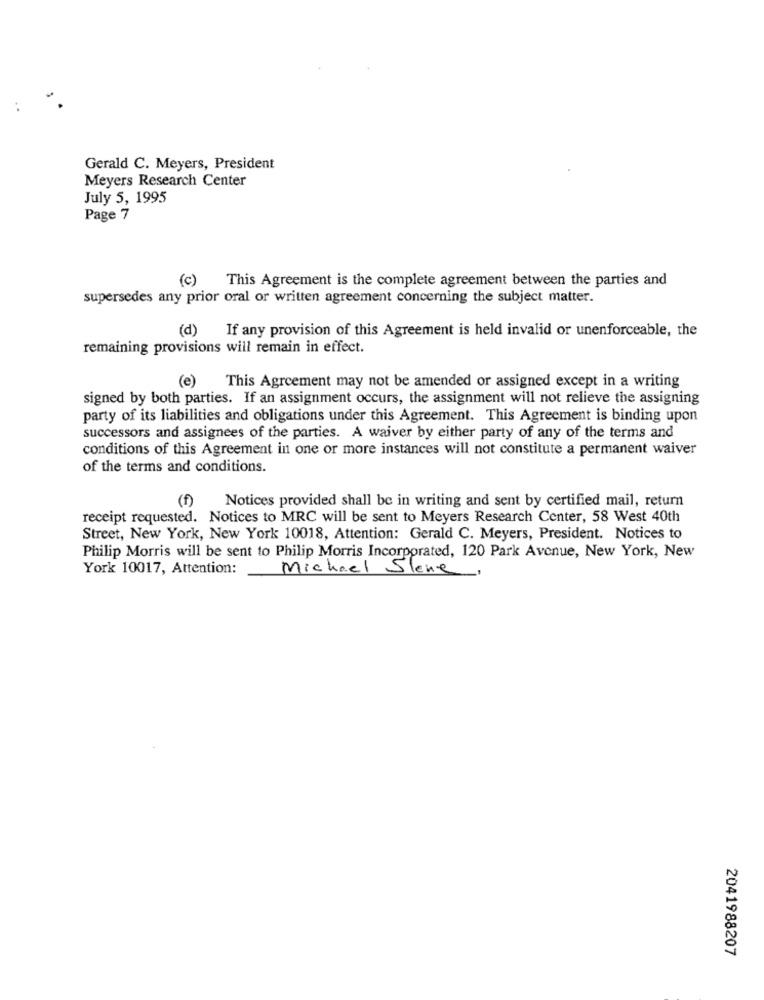
..
Gerald C. Meyers, President
Meyers Research Center
July 5, 1995
Page 7
(c) This Agreement is the complete agreement between the parties and
supersedes any prior oral or written agreement concerning the subject matter.
(d)
If any provision of this Agreement is held invalid or unenforceable, the
remaining provisions will remain in effect.
(e)
This Agreement may not be amended or assigned except in a writing
signed by both parties. If an assignment occurs, the assignment will not relieve the assigning
party of its liabilities and obligations under this Agreement. This Agreement is binding upon
successors and assignees of the parties. A waiver by either party of any of the terms and
conditions of this Agreement in one or more instances will not constitute a permanent waiver
of the terms and conditions.
(f)
Notices provided shall be in writing and sent by certified mail, return
receipt requested. Notices to MRC will be sent to Meyers Research Center, 58 West 40th
Street, New York, New York 10018, Attention: Gerald C. Meyers, President. Notices to
Philip Morris will be sent to Philip Morris Incorporated, 120 Park Avenue, New York, New
York 10017, Attention:
Michael Slene
2041988207